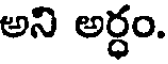
అని అర్ధం.